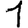
Digit: 1